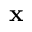
\textbf { x }